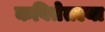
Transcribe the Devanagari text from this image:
कवितेतल्या